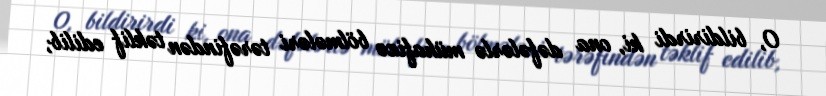
O, bildirirdi ki, ona dəfələrlə mühafizə bölmələri tərəfindən təklif edilib,